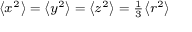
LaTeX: \scriptstyle \left\langle x ^ { 2 } \right\rangle \; = \; \left\langle y ^ { 2 } \right\rangle \; = \; \left\langle z ^ { 2 } \right\rangle \; = \; { \frac { 1 } { 3 } } \left\langle r ^ { 2 } \right\rangle